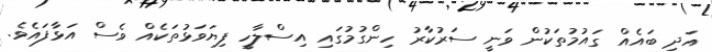
އަދި ބައެއް ގައުމުތަކުން ވަނީ ސަރުކާރު ހިންގުމުގައި އިސްލާހީ ފިޔަަވަޅުތަކެއް ވެސް އަޅާފައެވެ.